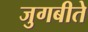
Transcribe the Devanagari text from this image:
जुगबीते